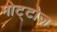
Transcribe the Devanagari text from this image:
मोट्टोज़